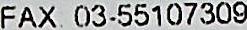
FAX : 03-55107309